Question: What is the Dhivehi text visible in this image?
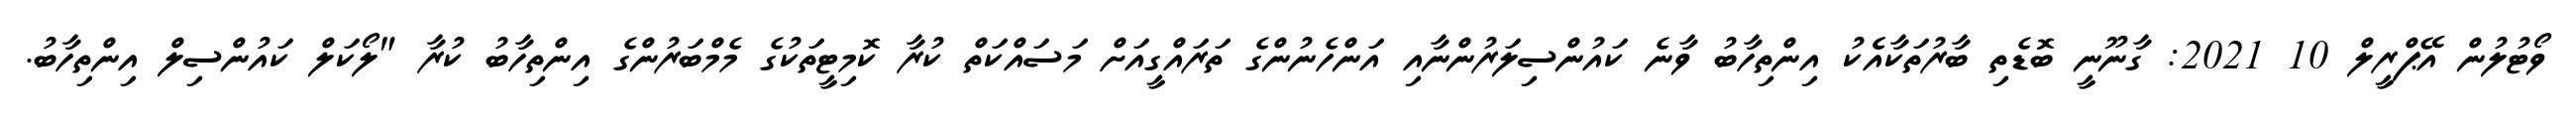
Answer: ވޯޓުލުން އޭޕްރީލް 10 2021: ގާނޫނީ ބޮޑެތި ބާރުތަކާއެެކު އިންތިހާބު ވާނެ ކައުންސިލަރުންނާއި އަންހެނުންގެ ތަރައްގީއަށް މަސައްކަތް ކުރާ ކޮމިޓީތަކުގެ މެމްބަރުންގެ އިންތިހާބު ކުރާ "ލޯކަލް ކައުންސިލް އިންތިހާބު.